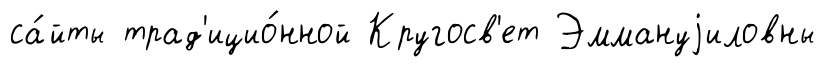
са́йты трад'ицио́нной Кругосв'ет Эммануjиловны